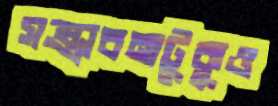
সম্ভাবনাটুকুও